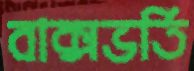
বাক্সভর্তি